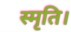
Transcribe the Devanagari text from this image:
स्मृति।